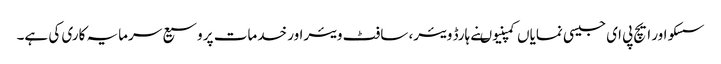
سسکو اور ایچ پی ای جیسی نمایاں کمپنیوںنے ہارڈ ویئر، سافٹ ویئراور خدمات پر وسیع سرمایہ کاری کی ہے۔